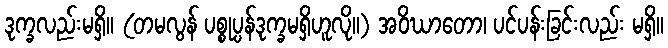
ဒုက္ခလည်းမရှိ။ (တမလွန် ပစ္စုပ္ပန်ဒုက္ခမရှိဟူလို။) အဝိဃာတော၊ ပင်ပန်းခြင်းလည်း မရှိ။